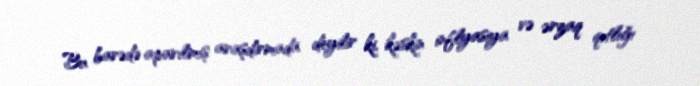
Bu barədə aparılmış araşdırmada deyilir ki, kəskin inflyasiya və ərzaq qıtlığı